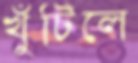
খুঁটিলে